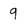
Character: 9